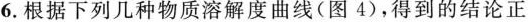
6. 根据下列几种物质溶解度曲线(图4)得到的结论正